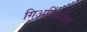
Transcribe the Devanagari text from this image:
गिअर्डिअसिस